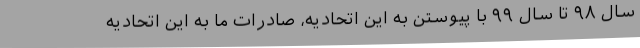
سال ۹۸ تا سال ۹۹ با پیوستن به این اتحادیه، صادرات ما به این اتحادیه